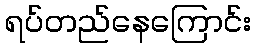
ရပ်တည်နေကြောင်း